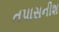
તપાસનીશ